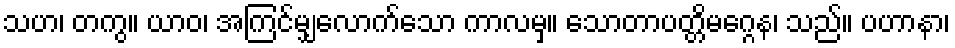
သဟ၊ တကွ။ ယာဝ၊ အကြင်မျှလောက်သော ကာလမှ။ သောတာပတ္တိမဂ္ဂေန၊ သည်။ ပဟာနာ၊